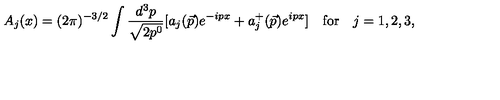
A _ { j } ( x ) = ( 2 \pi ) ^ { - 3 / 2 } \int \frac { d ^ { 3 } p } { \sqrt { 2 p ^ { 0 } } } [ a _ { j } ( \vec { p } ) e ^ { - i p x } + a _ { j } ^ { + } ( \vec { p } ) e ^ { i p x } ] \quad \mathrm { f o r } \quad j = 1 , 2 , 3 ,